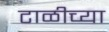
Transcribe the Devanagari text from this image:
टाळीच्या